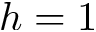
h = 1